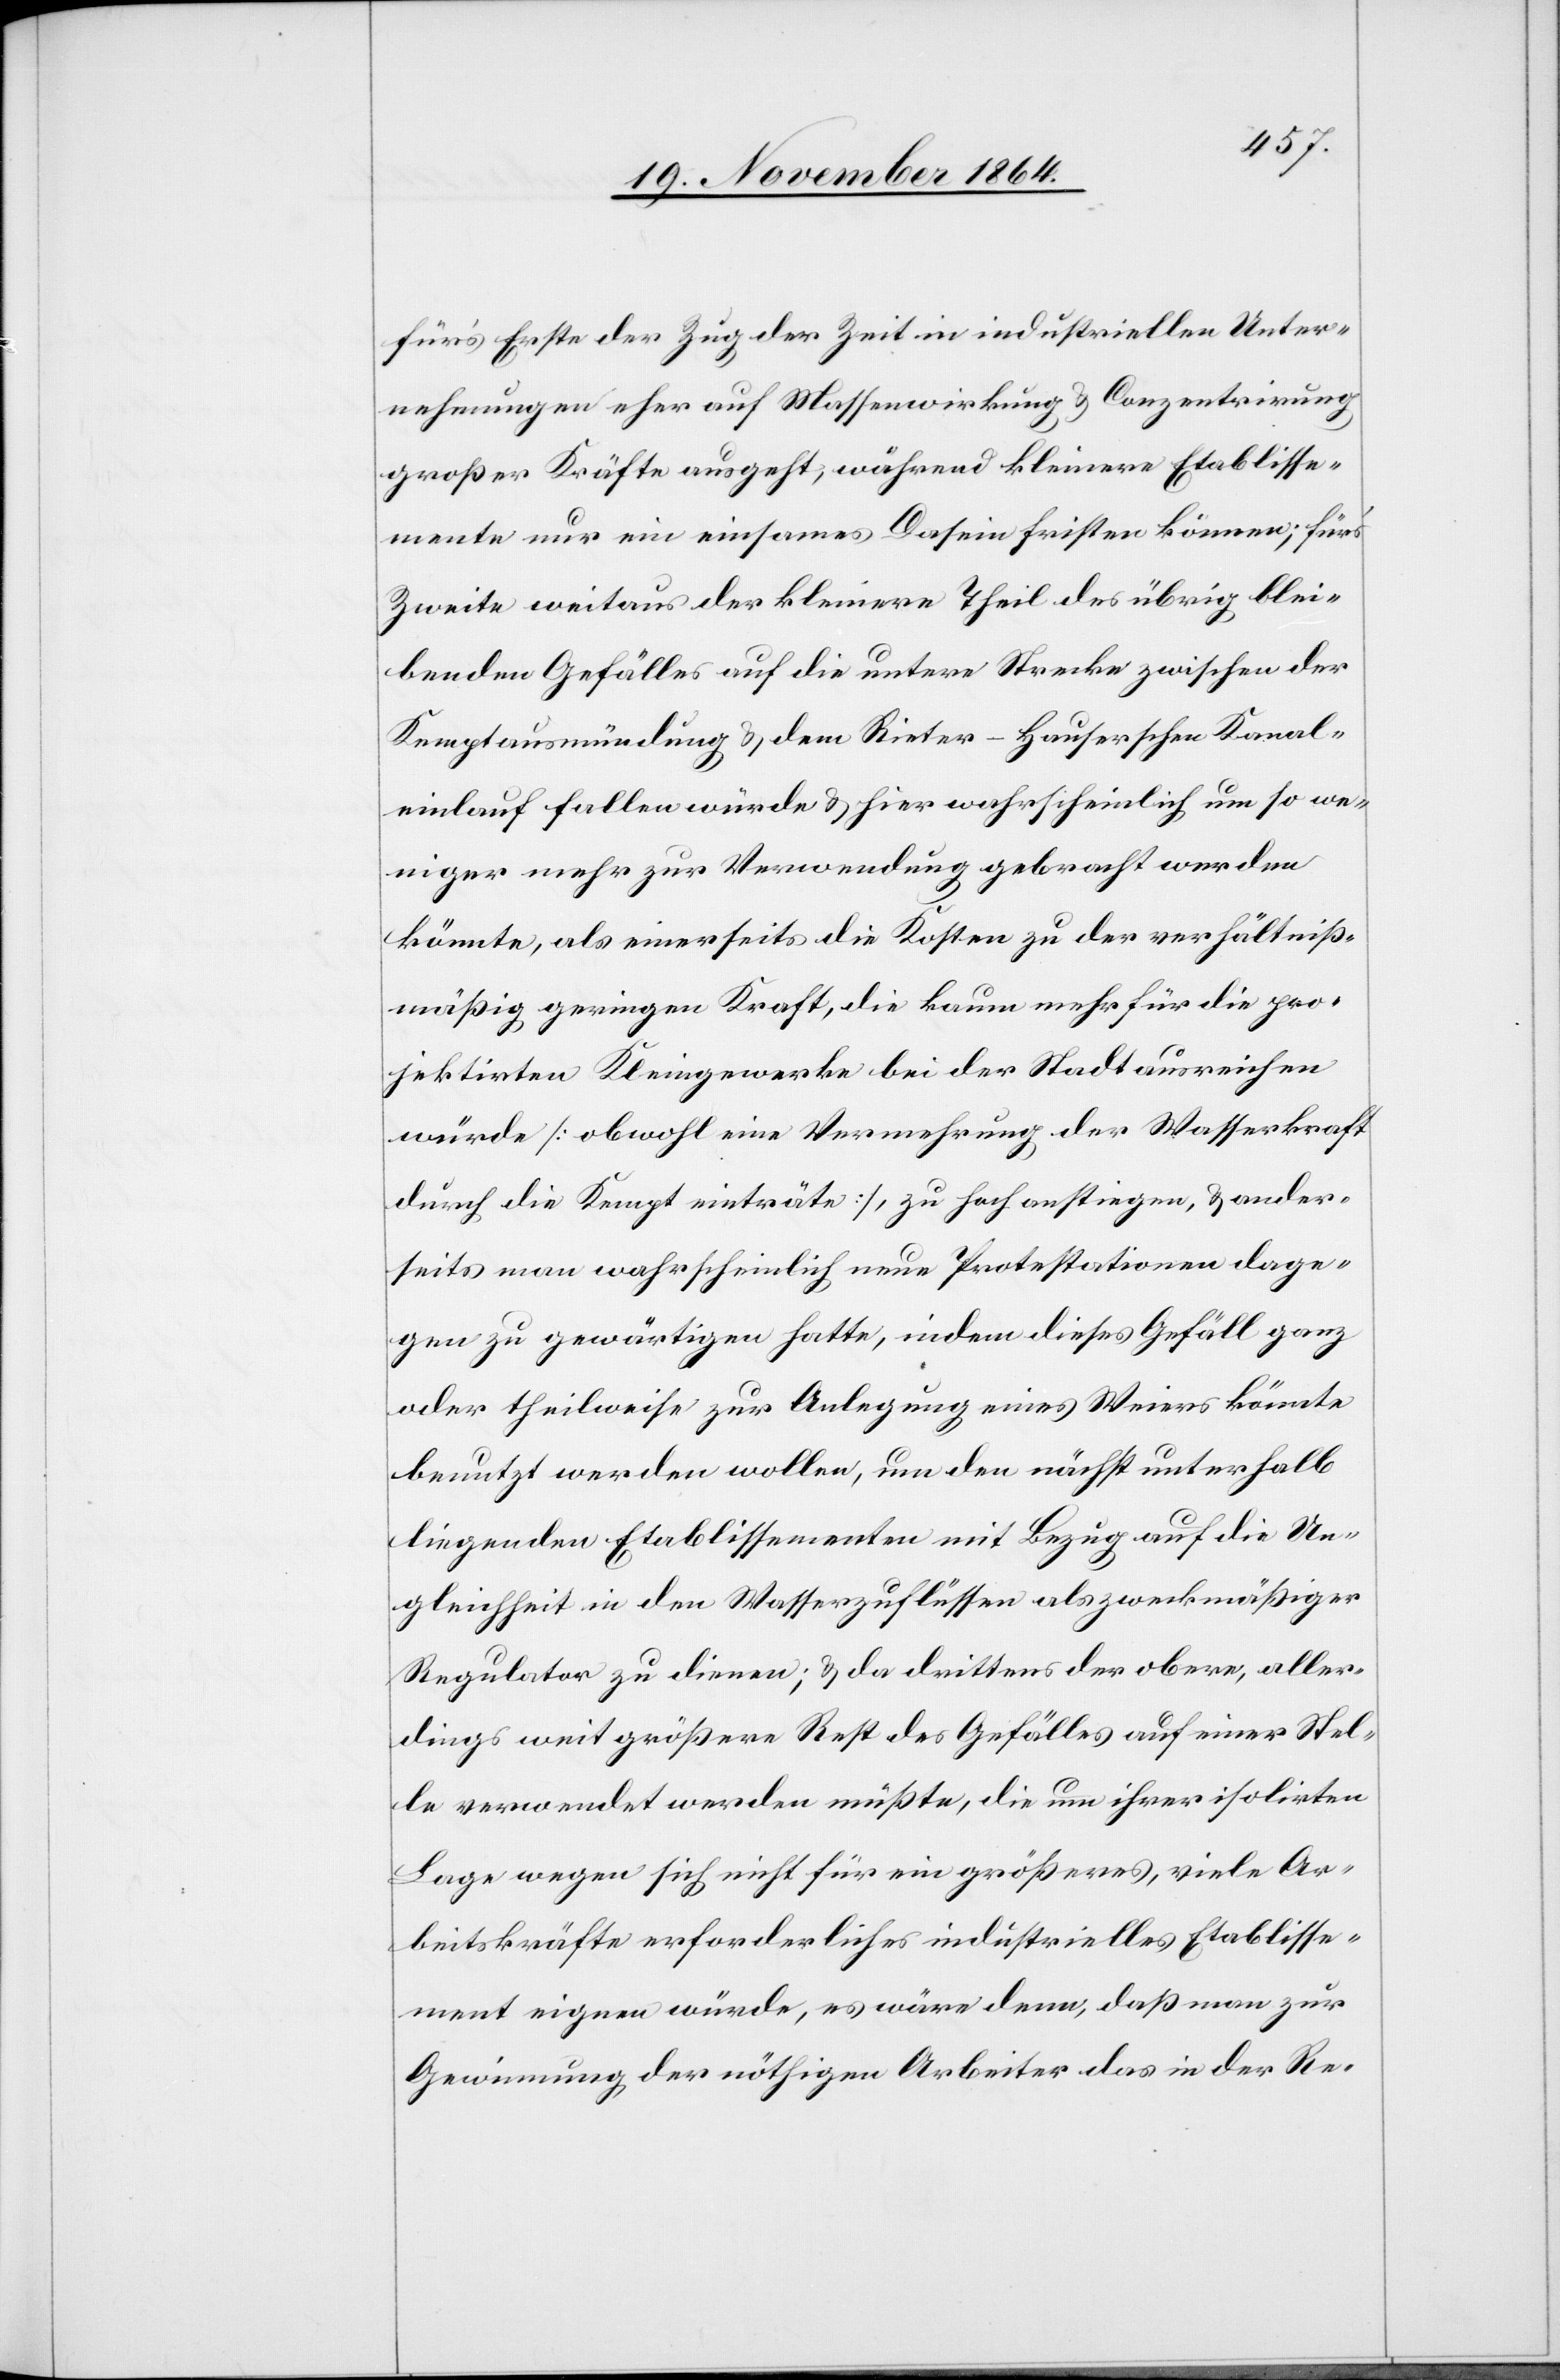
für’s Erste der Zug der Zeit in industrieller Unter¬
nehmungen eher auf Massenwirkung & Conzentrirung
großer Kräfte ausgeht, während kleinere Etablisse¬
mente nur ein einsames Dasein fristen können; für’s
Zweite weitaus der kleinere Theil des übrig blei¬
benden Gefälles auf die untere Strecke zwischen der
Kemptausmündung & dem Reiter-Hauserschen Kanal¬
einlauf fallen würde & hier wahrscheinlich um so we¬
niger mehr zur Verwendung gebracht werden
könnte, als einerseits die Kosten zu der verhältniß¬
mäßig geringen Kraft, die kaum mehr für die pro¬
jektirten Kleingewerke bei der Stadt ausreichen
würde [obwohl eine Vermehrung der Wasserkraft
durch die Kempt einträte], zu hoch ansteigen, & ander¬
seits man wahrscheinlich neue Protestationen dage¬
gen zu gewärtigen hatte [recte: hätte], indem dieses Gefäll ganz
oder theilweise zur Anlegung eines Weiers könnte
benutzt werden wollen, um den nächst unterhalb
liegenden Etablissementen mit Bezug auf die Un¬
gleichheit in den Wasserzuflüssen als zweckmäßiger
Regulator zu dienen; & da drittens der obere, aller¬
dings weit größere Rest des Gefälles auf einer Stel¬
le verwendet werden müßte, die nun ihrer isolirten
Lage wegen sich nicht für ein größeres, viele Ar¬
beitskräfte erforderliches industrielles Etablisse¬
ment eignen würde, es wäre denn, daß man zur
Gewinnung der nöthigen Arbeiter das in der Re-